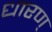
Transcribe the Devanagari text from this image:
धारण्